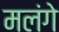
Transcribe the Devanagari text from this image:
मलंगे